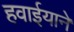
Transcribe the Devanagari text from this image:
हवाईयाने